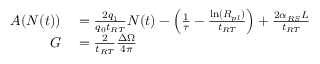
\begin{array} { r l } { A ( N ( t ) ) } & { { } = \frac { 2 q _ { 1 } } { q _ { 0 } t _ { R T } } N ( t ) - \left( \frac { 1 } { \tau } - \frac { \ln ( R _ { p l } ) } { t _ { R T } } \right) + \frac { 2 \alpha _ { R S } L } { t _ { R T } } } \\ { G } & { { } = \frac { 2 } { t _ { R T } } \frac { \Delta \Omega } { 4 \pi } } \end{array}